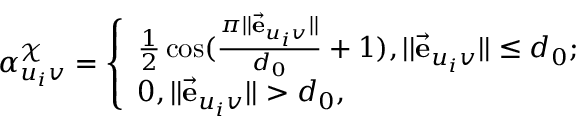
\alpha _ { u _ { i } v } ^ { \mathcal { X } } = \left\{ \begin{array} { l l } { \frac { 1 } { 2 } \cos ( \frac { \pi | | \vec { \mathbf { e } } _ { u _ { i } v } | | } { d _ { 0 } } + 1 ) , | | \vec { \mathbf { e } } _ { u _ { i } v } | | \leq d _ { 0 } ; } \\ { 0 , | | \vec { \mathbf { e } } _ { u _ { i } v } | | > d _ { 0 } , } \end{array} \right.